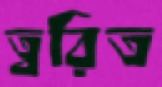
ত্বরিত